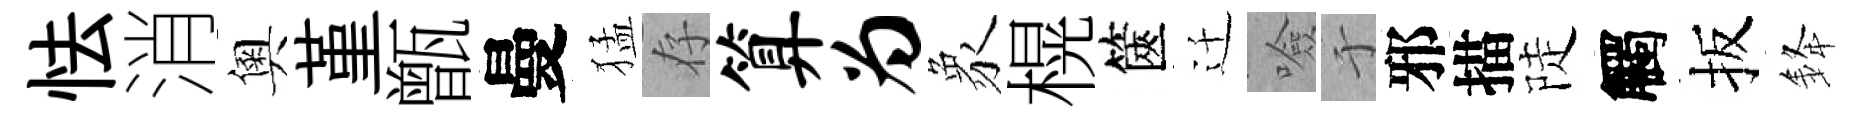
怯消奧堇甑曼猛存算为象榥篋迁噞于邪描陡觸扳𨦟